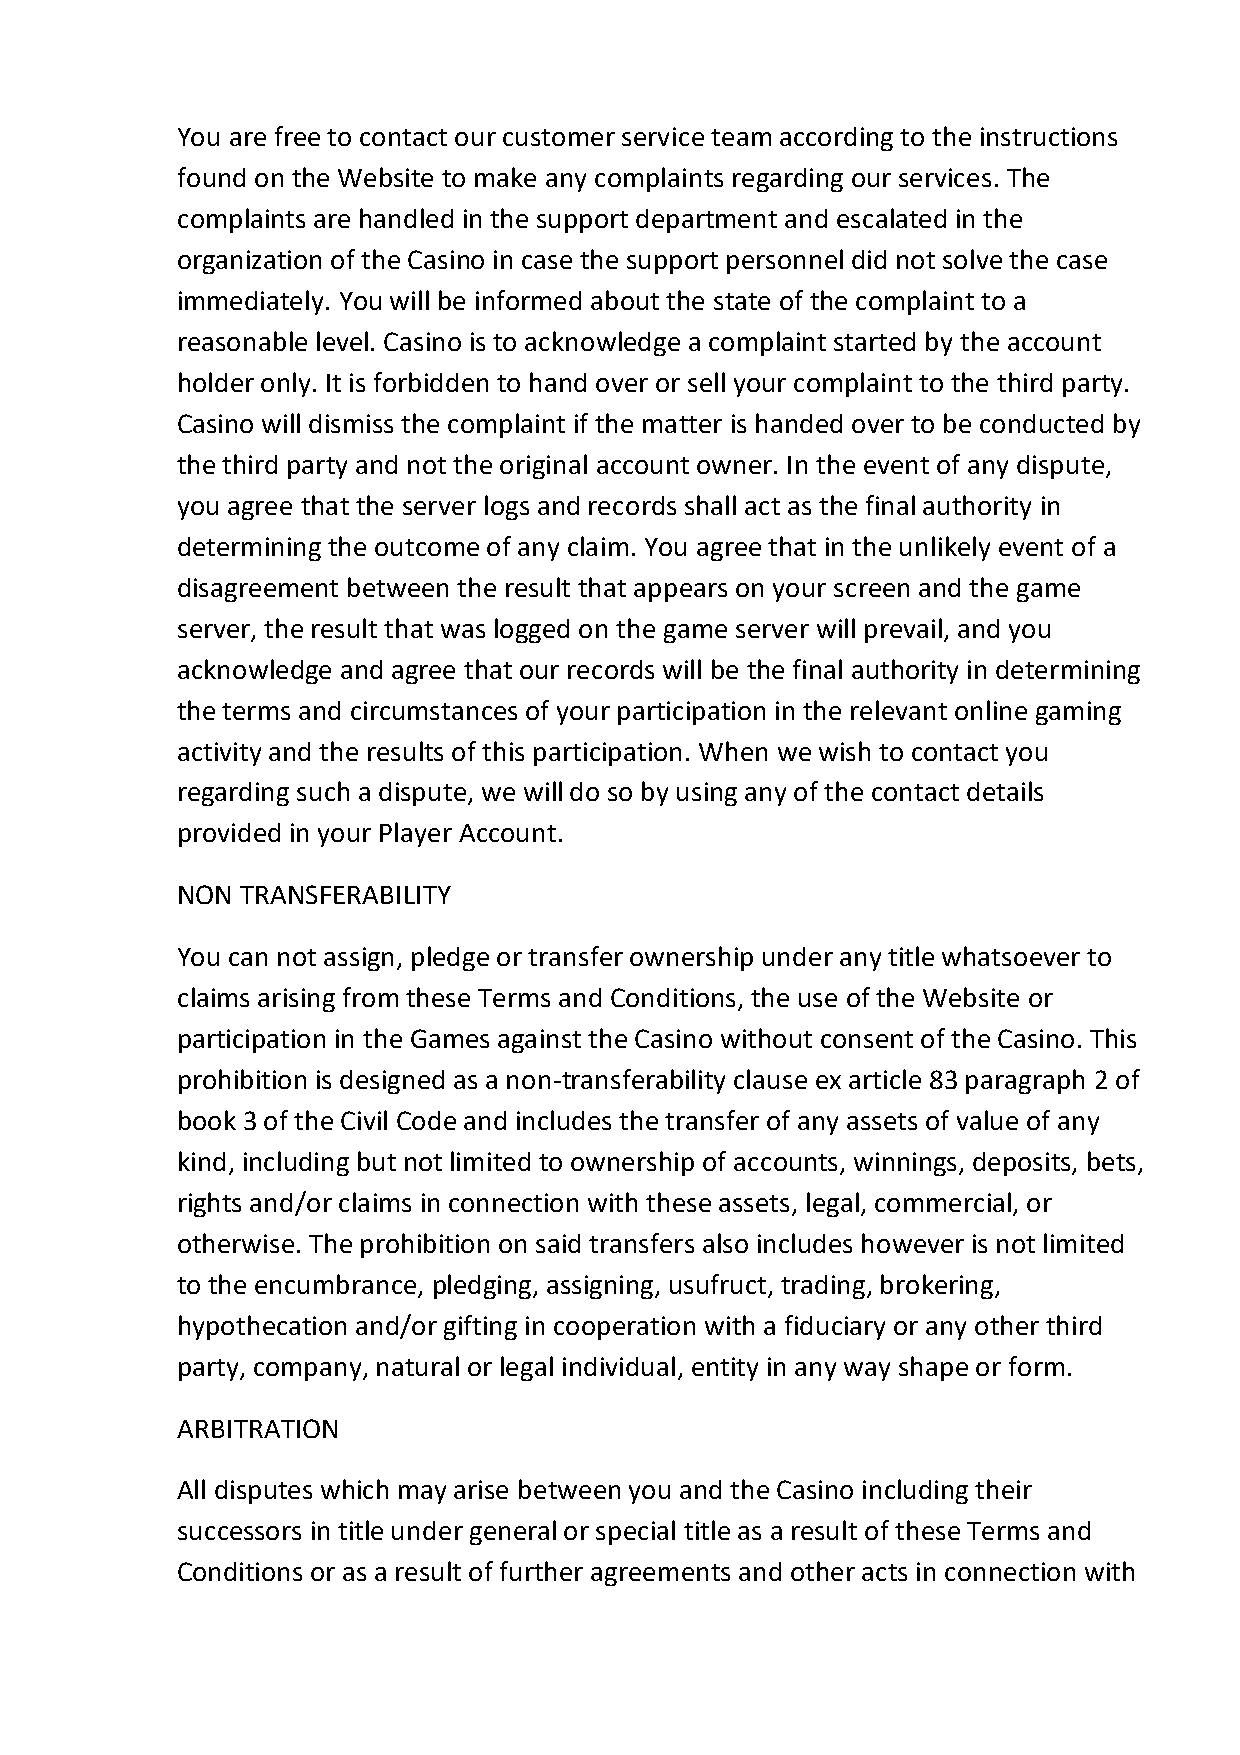
You are free to contact our customer service team according to the instructions
 found on the Website to make any complaints regarding our services. The
 complaints are handled in the support department and escalated in the
 organization of the Casino in case the support personnel did not solve the case
 immediately. You will be informed about the state of the complaint to a
 reasonable level. Casino is to acknowledge a complaint started by the account
 holder only. It is forbidden to hand over or sell your complaint to the third party.
 Casino will dismiss the complaint if the matter is handed over to be conducted by
 the third party and not the original account owner. In the event of any dispute,
 you agree that the server logs and records shall act as the final authority in
 determining the outcome of any claim. You agree that in the unlikely event of a
 disagreement between the result that appears on your screen and the game
 server, the result that was logged on the game server will prevail, and you
 acknowledge and agree that our records will be the final authority in determining
 the terms and circumstances of your participation in the relevant online gaming
 activity and the results of this participation. When we wish to contact you
 regarding such a dispute, we will do so by using any of the contact details
 provided in your Player Account.
 NON TRANSFERABILITY
 You can not assign, pledge or transfer ownership under any title whatsoever to
 claims arising from these Terms and Conditions, the use of the Website or
 participation in the Games against the Casino without consent of the Casino. This
 prohibition is designed as a non-transferability clause ex article 83 paragraph 2 of
 book 3 of the Civil Code and includes the transfer of any assets of value of any
 kind, including but not limited to ownership of accounts, winnings, deposits, bets,
 rights and/or claims in connection with these assets, legal, commercial, or
 otherwise. The prohibition on said transfers also includes however is not limited
 to the encumbrance, pledging, assigning, usufruct, trading, brokering,
 hypothecation and/or gifting in cooperation with a fiduciary or any other third
 party, company, natural or legal individual, entity in any way shape or form.
 ARBITRATION
 All disputes which may arise between you and the Casino including their
 successors in title under general or special title as a result of these Terms and
 Conditions or as a result of further agreements and other acts in connection with